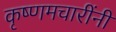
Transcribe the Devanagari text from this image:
कृष्णमचारींनी